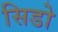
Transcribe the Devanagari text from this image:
सिडो